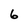
Character: 6